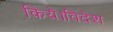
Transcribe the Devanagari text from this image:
किये।विदेश